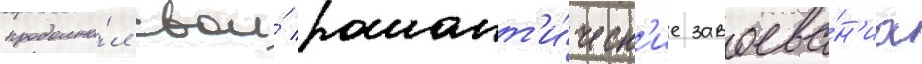
продолжа́л свои́ романт'и́ческ'ие завоева́н'иа